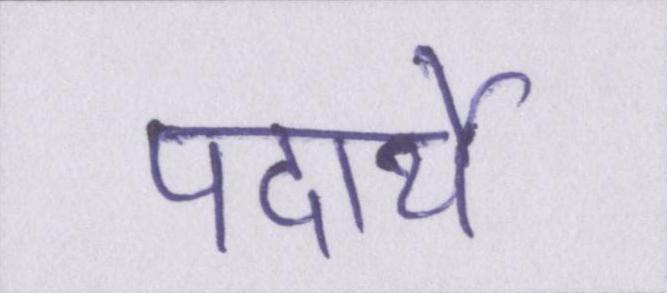
पदार्थे